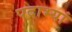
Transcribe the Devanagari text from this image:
पदाभ्यां